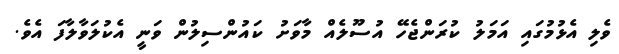
ވެލި އެޅުމުގައި އަމަލު ކުރަންޖެހޭ އުސޫލެއް މާވަށު ކައުންސިލުން ވަނީ އެކުލަވާލާފަ އެވެ.